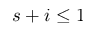
s + i \leq 1